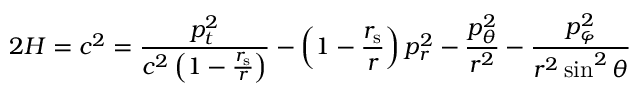
2 H = c ^ { 2 } = { \frac { p _ { t } ^ { 2 } } { c ^ { 2 } \left( 1 - { \frac { r _ { \mathrm { { s } } } } { r } } \right) } } - \left( 1 - { \frac { r _ { \mathrm { { s } } } } { r } } \right) p _ { r } ^ { 2 } - { \frac { p _ { \theta } ^ { 2 } } { r ^ { 2 } } } - { \frac { p _ { \varphi } ^ { 2 } } { r ^ { 2 } \sin ^ { 2 } \theta } }